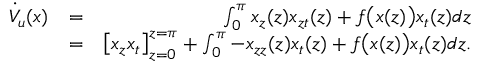
\begin{array} { r l r } { \dot { V } _ { u } ( x ) } & { = } & { \int _ { 0 } ^ { \pi } { x _ { z } ( z ) x _ { z t } ( z ) + f \big ( x ( z ) \big ) x _ { t } ( z ) d z } } \\ & { = } & { \left[ x _ { z } x _ { t } \right] _ { z = 0 } ^ { z = \pi } + \int _ { 0 } ^ { \pi } { - x _ { z z } ( z ) x _ { t } ( z ) + f \big ( x ( z ) \big ) x _ { t } ( z ) d z } . } \end{array}